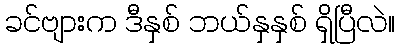
ခင်ဗျားက ဒီနှစ် ဘယ်နှနှစ် ရှိပြီလဲ။